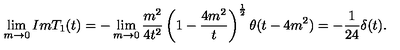
\lim _ { m \rightarrow 0 } I m T _ { 1 } ( t ) = - \lim _ { m \rightarrow 0 } \frac { m ^ { 2 } } { 4 t ^ { 2 } } \left( 1 - \frac { 4 m ^ { 2 } } { t } \right) ^ { \frac { 1 } { 2 } } \theta ( t - 4 m ^ { 2 } ) = - \frac { 1 } { 2 4 } \delta ( t ) .